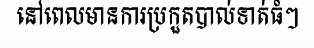
នៅពេលមានការប្រកួតបាល់ទាត់ធំៗ